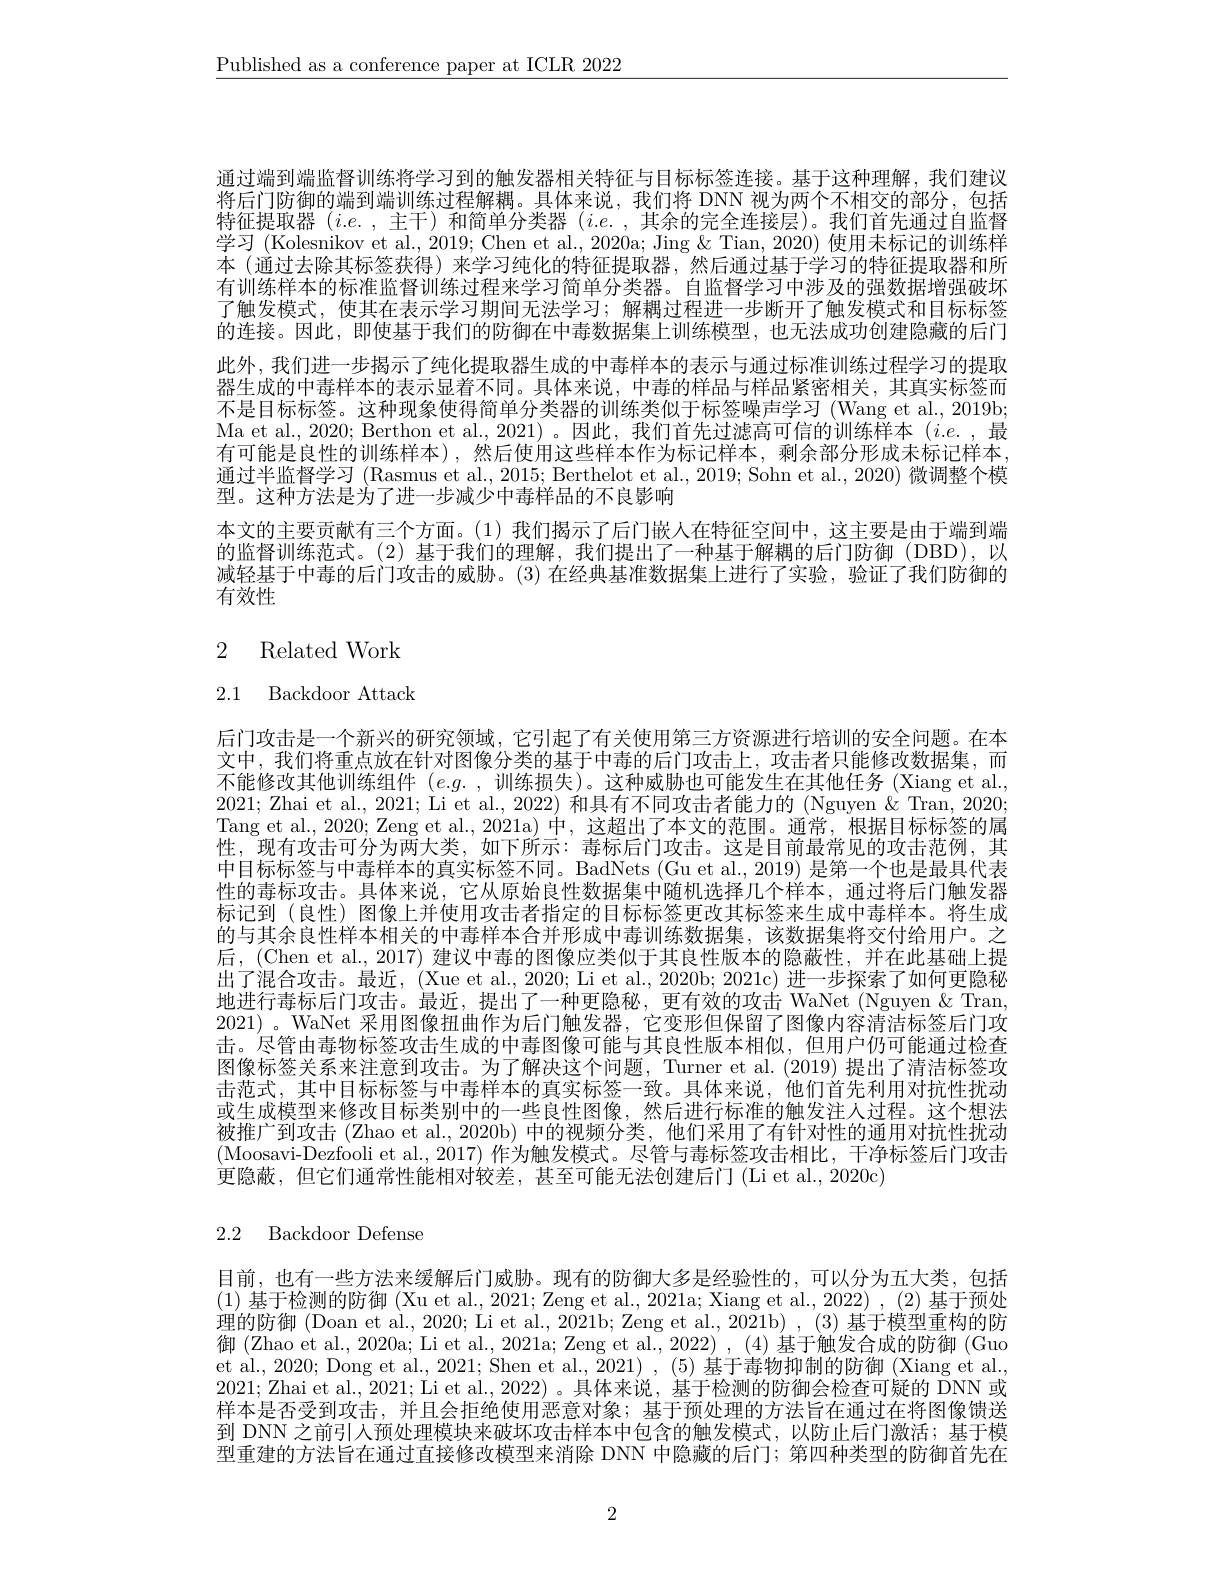
$\underline{\text{Published as a conference paper at ICLR 2022}}$

通过端到端监督训练将学习到的触发器相关特征与目标标签连接。基于这种理解，我们建议将后门防御的端到端训练过程解耦。具体来说，我们将 DNN 视为两个不相交的部分，包括特征提取器$(i.e.$,主干)和简单分类器$(i.e.$,其余的完全连接层)。我们首先通过自监督学习(Kolesnikov et al., 2019; Chen et al., 2020a; Jing & Tian, 2020) 使用未标记的训练样本 (通过去除其标签获得) 来学习纯化的特征提取器，然后通过基于学习的特征提取器和所有训练样本的标准监督训练过程来学习简单分类器。自监督学习中涉及的强数据增强破坏了触发模式，使其在表示学习期间无法学习；解耦过程进一步断开了触发模式和目标标签的连接。因此，即使基于我们的防御在中毒数据集上训练模型，也无法成功创建隐藏的后门此外，我们进一步揭示了纯化提取器生成的中毒样本的表示与通过标准训练过程学习的提取器生成的中毒样本的表示显着不同。具体来说，中毒的样品与样品紧密相关，其真实标签而不是目标标签。这种现象使得简单分类器的训练类似于标签噪声学习(Wang et al., 2019b; Ma et al., 2020; Berthon et al., 2021) 。因此，我们首先过滤高可信的训练样本$(i.e.$,最有可能是良性的训练样本),然后使用这些样本作为标记样本，剩余部分形成未标记样本， 通过半监督学习 (Rasmus et al., 2015; Berthelot et al., 2019; Sohn et al., 2020) 微调整个模型。这种方法是为了进一步减少中毒样品的不良影响
本文的主要贡献有三个方面。(1)我们揭示了后门嵌人在特征空间中，这主要是由于端到端的监督训练范式。(2) 基于我们的理解，我们提出了一种基于解耦的后门防御(DBD),以减轻基于中毒的后门攻击的威胁。(3)在经典基准数据集上进行了实验，验证了我们防御的有效性

# 2 Related Work

2.1 Backdoor Attack

后门攻击是一个新兴的研究领域，它引起了有关使用第三方资源进行培训的安全问题。在本文中，我们将重点放在针对图像分类的基于中毒的后门攻击上，攻击者只能修改数据集，而不能修改其他训练组件$(e.g.$,训练损失)。这种威胁也可能发生在其他任务 (Xiang et al., 2021; Zhai et al., 2021; Li et al., 2022) 和具有不同攻击者能力的 (Nguyen & Tran, 2020; Tang et al., 2020; Zeng et al., 2021a) 中，这超出了本文的范围。通常，根据目标标签的属性，现有攻击可分为两大类，如下所示：毒标后门攻击。这是目前最常见的攻击范例，其中目标标签与中毒样本的真实标签不同。BadNets (Gu et al., 2019) 是第一个也是最具代表性的毒标攻击。具体来说，它从原始良性数据集中随机选择几个样本，通过将后门触发器标记到 (良性)图像上并使用攻击者指定的目标标签更改其标签来生成中毒样本。将生成的与其余良性样本相关的中毒样本合并形成中毒训练数据集，该数据集将交付给用户。之后，(Chen et al., 2017) 建议中毒的图像应类似于其良性版本的隐蔽性，并在此基础上提出了混合攻击。最近，(Xue et al., 2020; Li et al., 2020b; 2021c) 进一步探索了如何更隐秘地进行毒标后门攻击。最近，提出了一种更隐秘，更有效的攻击 WaNet (Nguyen& Tran, 2021)。WaNet 采用图像扭曲作为后门触发器，它变形但保留了图像内容清洁标签后门攻击。尽管由毒物标签攻击生成的中毒图像可能与其良性版本相似，但用户仍可能通过检查图像标签关系来注意到攻击。为了解决这个问题，Turner et al.(2019) 提出了清洁标签攻击范式，其中目标标签与中毒样本的真实标签一致。具体来说，他们首先利用对抗性扰动或生成模型来修改目标类别中的一些良性图像，然后进行标准的触发注人过程。这个想法被推广到攻击 (Zhao et al., 2020b)中的视频分类，他们采用了有针对性的通用对抗性扰动(Moosavi-Dezfooli et al., 2017) 作为触发模式。尽管与毒标签攻击相比，干净标签后门攻击更隐蔽，但它们通常性能相对较差，甚至可能无法创建后门(Li et al.,2020c)

# 2.2 Backdoor Defense

目前，也有一些方法来缓解后门威胁。现有的防御大多是经验性的，可以分为五大类，包括(1)基于检测的防御 (Xu et al., 2021; Zeng et al., 2021a; Xiang et al., 2022) , (2) 基于预处理的防御 (Doan et al., 2020; Li et al., 2021b; Zeng et al., 2021b) , (3) 基于模型重构的防御 (Zhao et al., 2020a; Li et al., 2021a; Zeng et al., 2022) , (4) 基于触发合成的防御 (Guo et al., 2020; Dong et al., 2021; Shen et al., $\bar{2} 021)$ , (5)基于毒物抑制的防御 (Xiang et al. 2021; Zhai et al., 2021; Li et al., 2022) 。具体来说，基于检测的防御会检查可疑的 DNN 或样本是否受到攻击，并且会拒绝使用恶意对象；基于预处理的方法旨在通过在将图像馈送到 DNN 之前引人预处理模块来破坏攻击样本中包含的触发模式，以防止后门激活；基于模型重建的方法旨在通过直接修改模型来消除 DNN 中隐藏的后门；第四种类型的防御首先在

2